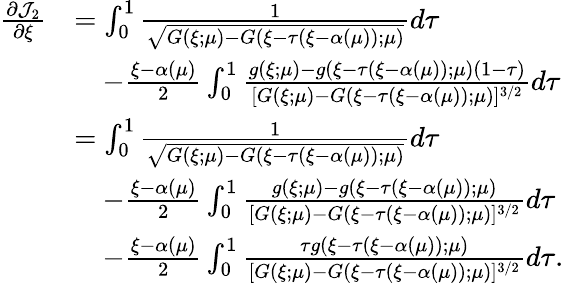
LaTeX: \begin{array}{rl}{\frac{\partial{\mathcal J}_{2}}{\partial\xi}}&{=\int_{0}^{1}\frac{1}{\sqrt{G(\xi;\mu)-G(\xi-\tau(\xi-\alpha(\mu));\mu)}}d\tau}\\ &{\quad-\frac{\xi-\alpha(\mu)}{2}\int_{0}^{1}\frac{g(\xi;\mu)-g(\xi-\tau(\xi-\alpha(\mu));\mu)(1-\tau)}{[G(\xi;\mu)-G(\xi-\tau(\xi-\alpha(\mu));\mu)]^{3/2}}d\tau}\\ &{=\int_{0}^{1}\frac{1}{\sqrt{G(\xi;\mu)-G(\xi-\tau(\xi-\alpha(\mu));\mu)}}d\tau}\\ &{\quad-\frac{\xi-\alpha(\mu)}{2}\int_{0}^{1}\frac{g(\xi;\mu)-g(\xi-\tau(\xi-\alpha(\mu));\mu)}{[G(\xi;\mu)-G(\xi-\tau(\xi-\alpha(\mu));\mu)]^{3/2}}d\tau}\\ &{\quad-\frac{\xi-\alpha(\mu)}{2}\int_{0}^{1}\frac{\tau g(\xi-\tau(\xi-\alpha(\mu));\mu)}{[G(\xi;\mu)-G(\xi-\tau(\xi-\alpha(\mu));\mu)]^{3/2}}d\tau.}\end{array}